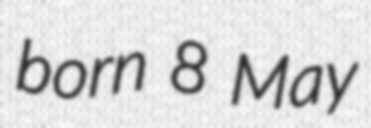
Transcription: born 8 May